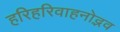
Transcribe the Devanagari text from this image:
हरिहरिवाहनोद्भव